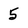
Character: 5